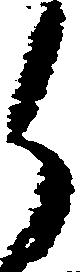
候